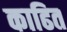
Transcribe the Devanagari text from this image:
काढित